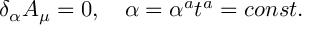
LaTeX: \delta _ { \alpha } A _ { \mu } = 0 , \quad \alpha = \alpha ^ { a } t ^ { a } = c o n s t .